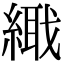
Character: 𦃎